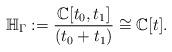
LaTeX: \begin{align*}\mathbb{H}_{\Gamma}:=\frac{\mathbb{C}[t_0,t_1]}{(t_0+t_1)} \cong \mathbb{C}[t].\end{align*}